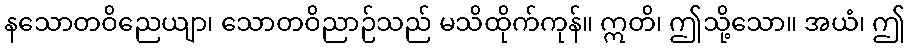
နသောတဝိညေယျာ၊ သောတဝိညာဉ်သည် မသိထိုက်ကုန်။ ဣတိ၊ ဤသို့သော။ အယံ၊ ဤ